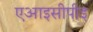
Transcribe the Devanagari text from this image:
एआइसीपीइ